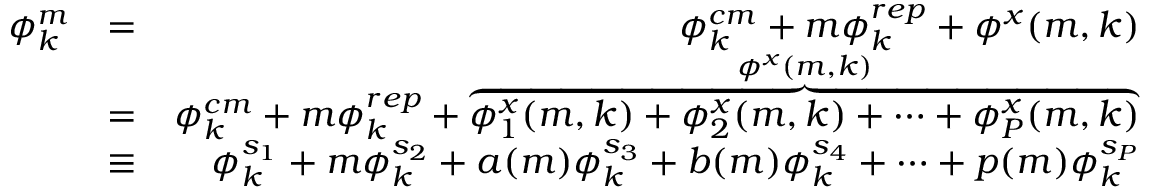
\begin{array} { r l r } { \phi _ { k } ^ { m } } & { = } & { \phi _ { k } ^ { c m } + m \phi _ { k } ^ { r e p } + \phi ^ { x } ( m , k ) } \\ & { = } & { \phi _ { k } ^ { c m } + m \phi _ { k } ^ { r e p } + \overbrace { \phi _ { 1 } ^ { x } ( m , k ) + \phi _ { 2 } ^ { x } ( m , k ) + \cdots + \phi _ { P } ^ { x } ( m , k ) } ^ { \phi ^ { x } ( m , k ) } } \\ & { \equiv } & { \phi _ { k } ^ { s _ { 1 } } + m \phi _ { k } ^ { s _ { 2 } } + a ( m ) \phi _ { k } ^ { s _ { 3 } } + b ( m ) \phi _ { k } ^ { s _ { 4 } } + \cdots + p ( m ) \phi _ { k } ^ { s _ { P } } } \end{array}